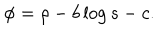
\phi = \rho - b \log s - c .